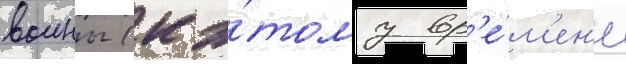
воины (к э́тому вр'е́м'ен'и